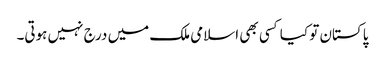
پاکستان تو کیا کسی بھی اسلامی ملک میں درج نہیں ہوتی۔